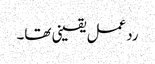
ردعمل یقینی تھا۔